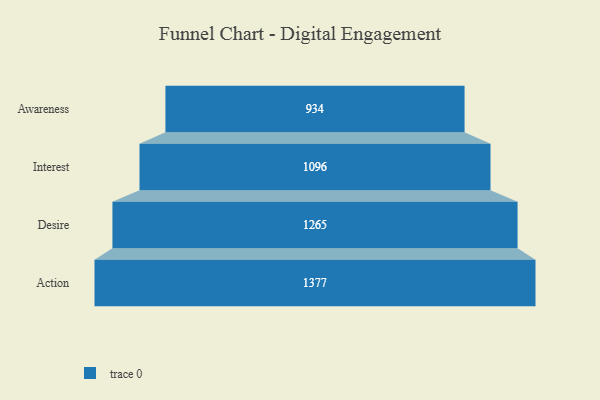
{"axis": {"x": "Stage", "y": "Value"}, "legend": [""], "data": [{"x": "Awareness", "y": 934.0, "type": ""}, {"x": "Interest", "y": 1096.0, "type": ""}, {"x": "Desire", "y": 1265.0, "type": ""}, {"x": "Action", "y": 1377.0, "type": ""}]}